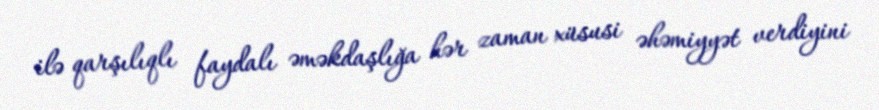
ilə qarşılıqlı faydalı əməkdaşlığa hər zaman xüsusi əhəmiyyət verdiyini